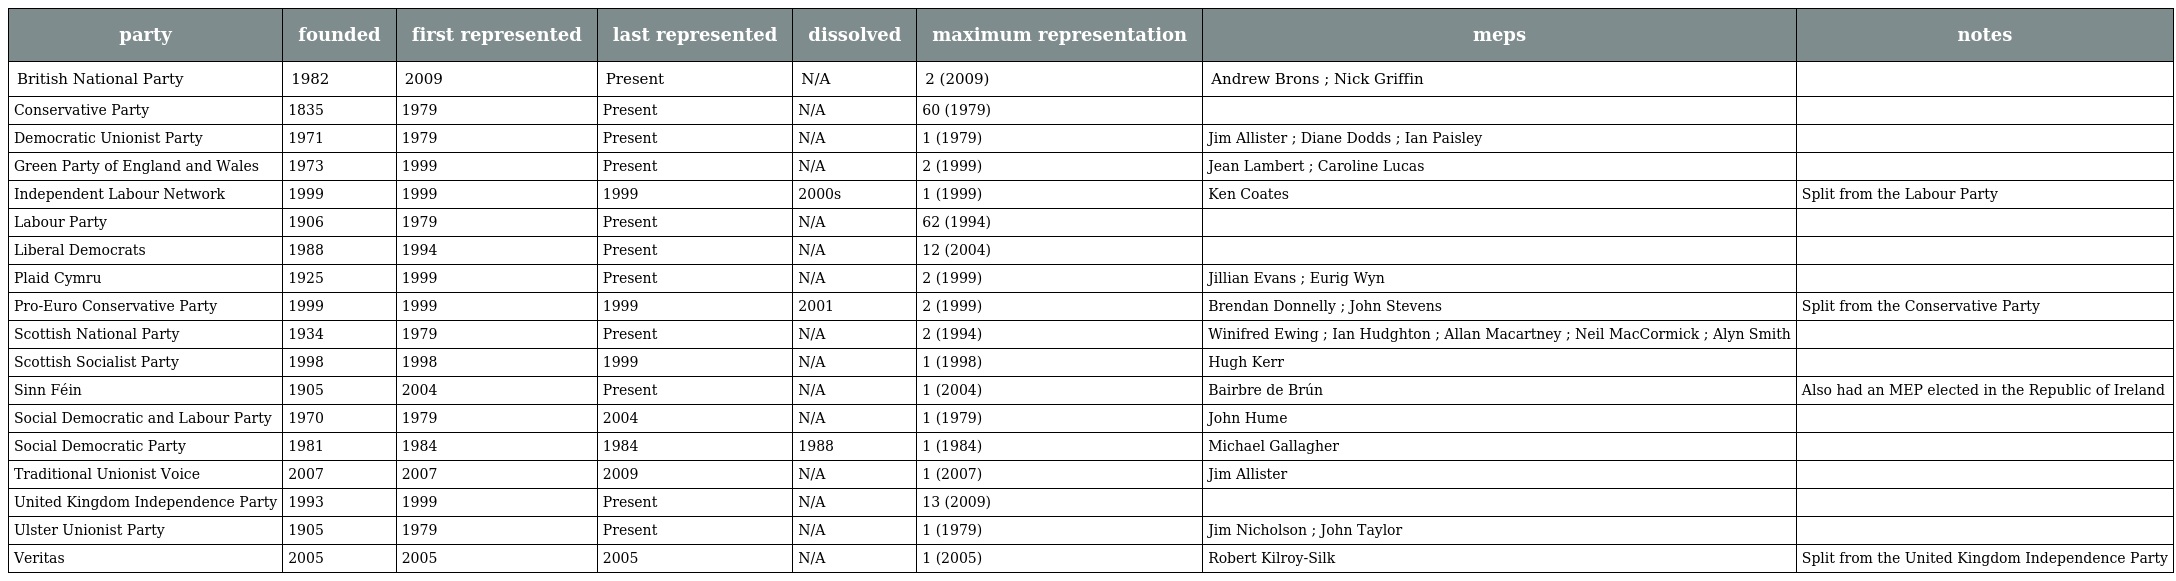
| party | founded | first represented | last represented | dissolved | maximum representation | meps | notes |
 | --- | --- | --- | --- | --- | --- | --- | --- |
 | British National Party | 1982 | 2009 | Present | N/A | 2 (2009) | Andrew Brons ; Nick Griffin |  |
 | Conservative Party | 1835 | 1979 | Present | N/A | 60 (1979) |  |  |
 | Democratic Unionist Party | 1971 | 1979 | Present | N/A | 1 (1979) | Jim Allister ; Diane Dodds ; Ian Paisley |  |
 | Green Party of England and Wales | 1973 | 1999 | Present | N/A | 2 (1999) | Jean Lambert ; Caroline Lucas |  |
 | Independent Labour Network | 1999 | 1999 | 1999 | 2000s | 1 (1999) | Ken Coates | Split from the Labour Party |
 | Labour Party | 1906 | 1979 | Present | N/A | 62 (1994) |  |  |
 | Liberal Democrats | 1988 | 1994 | Present | N/A | 12 (2004) |  |  |
 | Plaid Cymru | 1925 | 1999 | Present | N/A | 2 (1999) | Jillian Evans ; Eurig Wyn |  |
 | Pro-Euro Conservative Party | 1999 | 1999 | 1999 | 2001 | 2 (1999) | Brendan Donnelly ; John Stevens | Split from the Conservative Party |
 | Scottish National Party | 1934 | 1979 | Present | N/A | 2 (1994) | Winifred Ewing ; Ian Hudghton ; Allan Macartney ; Neil MacCormick ; Alyn Smith |  |
 | Scottish Socialist Party | 1998 | 1998 | 1999 | N/A | 1 (1998) | Hugh Kerr |  |
 | Sinn Féin | 1905 | 2004 | Present | N/A | 1 (2004) | Bairbre de Brún | Also had an MEP elected in the Republic of Ireland |
 | Social Democratic and Labour Party | 1970 | 1979 | 2004 | N/A | 1 (1979) | John Hume |  |
 | Social Democratic Party | 1981 | 1984 | 1984 | 1988 | 1 (1984) | Michael Gallagher |  |
 | Traditional Unionist Voice | 2007 | 2007 | 2009 | N/A | 1 (2007) | Jim Allister |  |
 | United Kingdom Independence Party | 1993 | 1999 | Present | N/A | 13 (2009) |  |  |
 | Ulster Unionist Party | 1905 | 1979 | Present | N/A | 1 (1979) | Jim Nicholson ; John Taylor |  |
 | Veritas | 2005 | 2005 | 2005 | N/A | 1 (2005) | Robert Kilroy-Silk | Split from the United Kingdom Independence Party |